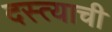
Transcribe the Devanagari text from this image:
दस्त्याची